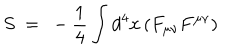
S ~ = ~ - { \frac { 1 } { 4 } } \int d ^ { 4 } x \left( F _ { \mu \nu } F ^ { \mu \nu } \right)